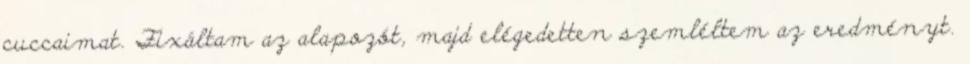
cuccaimat. Fixáltam az alapozót, majd elégedetten szemléltem az eredményt.